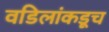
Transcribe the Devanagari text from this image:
वडिलांकडूच